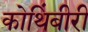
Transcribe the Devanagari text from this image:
कोथिंबीरी